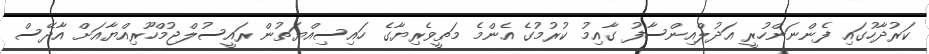
ކަރުދާހުގައި ފެންނަންހުރީ އަދުލްއިންސާފު ގާއިމު ކުރުމުގެ އެންމެ މަތީވެރިޔާގެ ހައިސިއްޔަތުން ރައީސުލްޖުމްހޫރިއްޔާއަށް އާދޭސް